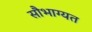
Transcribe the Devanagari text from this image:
सौभाग्यत